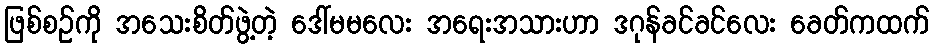
ဖြစ်စဉ်ကို အသေးစိတ်ဖွဲ့တဲ့ ဒေါ်မမလေး အရေးအသားဟာ ဒဂုန်ခင်ခင်လေး ခေတ်ကထက်